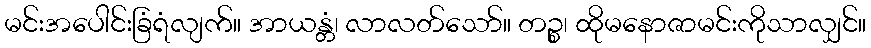
မင်းအပေါင်းခြံရံလျက်။ အာယန္တံ၊ လာလတ်သော်။ တဉ္စ၊ ထိုမနောဇာမင်းကိုသာလျှင်။